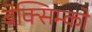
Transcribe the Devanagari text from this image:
बेक्सिम्को